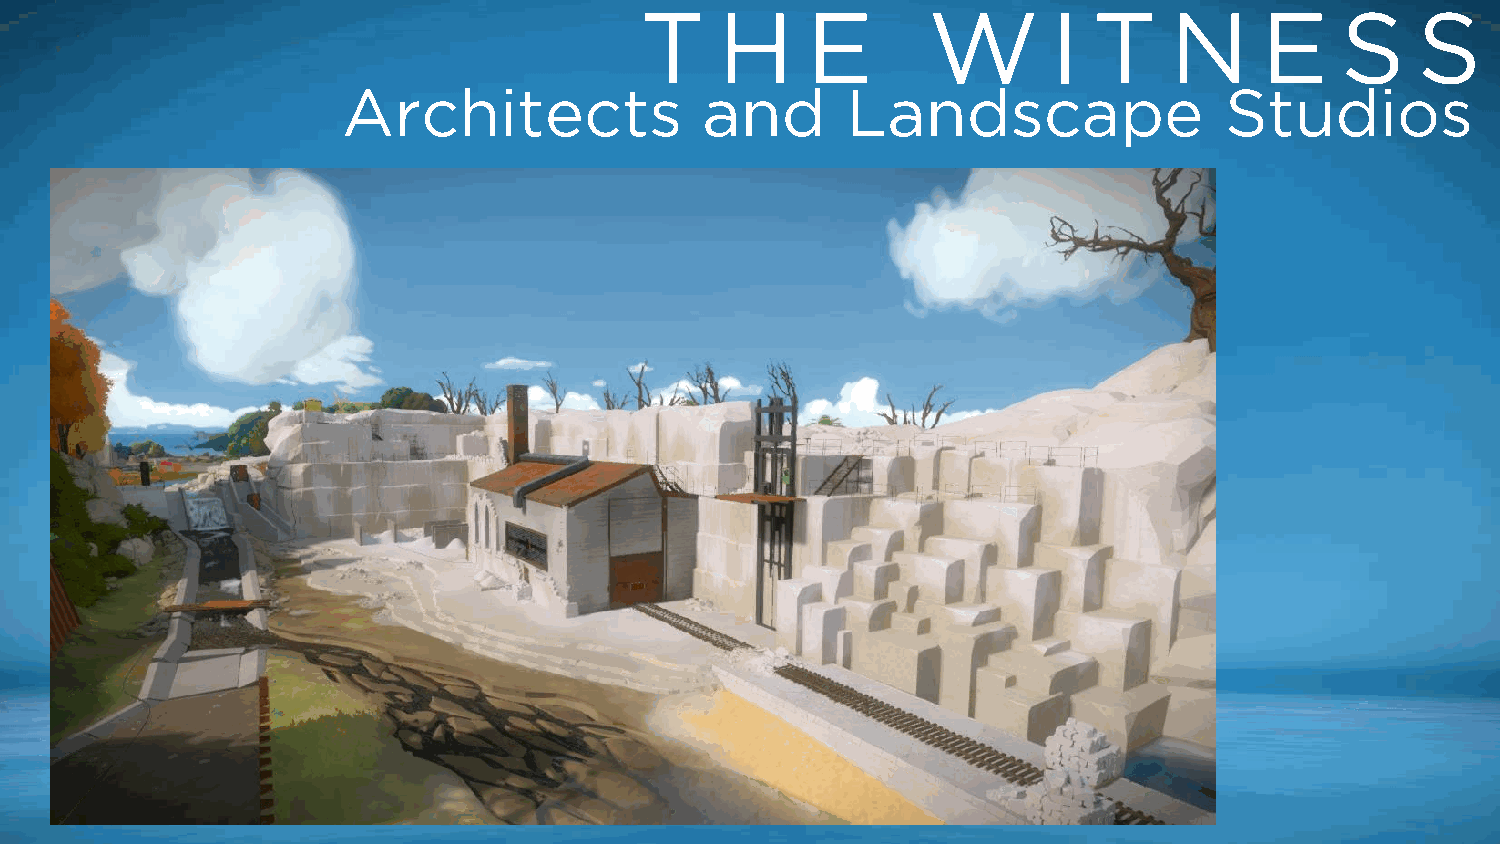
T     H    E       W        I T    N      E    S    S
 Architects             and       Landscape                Studios